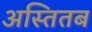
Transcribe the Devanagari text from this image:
अस्तितब